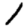
Digit: 1